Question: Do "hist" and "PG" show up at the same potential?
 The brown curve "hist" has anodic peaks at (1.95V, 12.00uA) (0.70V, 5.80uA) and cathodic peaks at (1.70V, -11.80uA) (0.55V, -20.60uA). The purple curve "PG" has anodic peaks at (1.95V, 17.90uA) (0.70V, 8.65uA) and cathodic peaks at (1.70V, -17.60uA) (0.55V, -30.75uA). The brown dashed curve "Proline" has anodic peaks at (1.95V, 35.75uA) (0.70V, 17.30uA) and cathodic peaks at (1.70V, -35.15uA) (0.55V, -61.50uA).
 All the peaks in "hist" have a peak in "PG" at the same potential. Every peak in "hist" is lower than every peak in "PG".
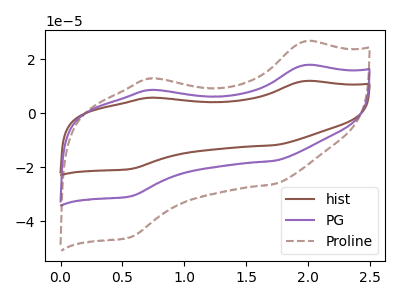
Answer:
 <answer>"hist" and "PG" are similar in shape.</answer>
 <eval>same_shape</eval>